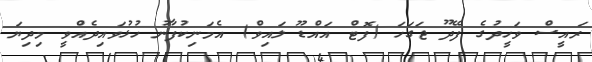
ރައީސް ވަހީދުގެ ފޭދޫ ޖަގަހަ (ފޮޓް އައްޑޫ ލައިވް) އެމަނިކުފާނު ހުޅުވައިދެއްވީ މިދިޔަ